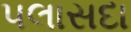
પલાસદા